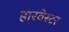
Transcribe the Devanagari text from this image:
हारवेस्टर